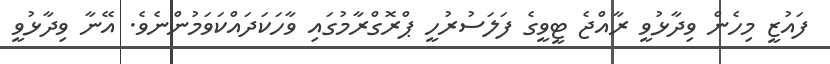
ފައުޒީ މިހެން ވިދާޅުވީ ރާއްޖެ ޓީވީގެ ފަލަސުރުހީ ޕްރޮގްރާމުގައި ވާހަކަދައްކަވަމުންނެވެ. އޭނާ ވިދާޅުވީ